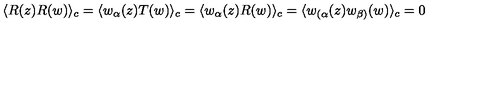
\langle R ( z ) R ( w ) \rangle _ { c } = \langle w _ { \alpha } ( z ) T ( w ) \rangle _ { c } = \langle w _ { \alpha } ( z ) R ( w ) \rangle _ { c } = \langle w _ { ( \alpha } ( z ) w _ { \beta ) } ( w ) \rangle _ { c } = 0